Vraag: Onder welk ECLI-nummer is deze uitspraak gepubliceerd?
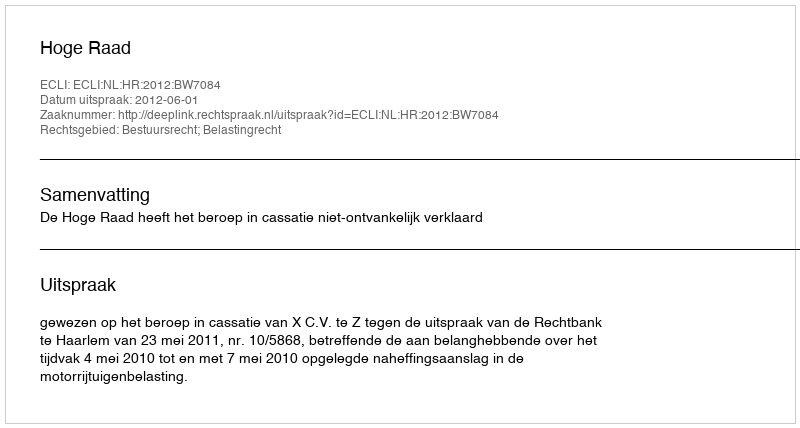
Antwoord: ECLI:NL:HR:2012:BW7084